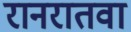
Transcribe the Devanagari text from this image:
रानरातवा